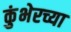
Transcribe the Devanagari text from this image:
कुंभेरच्या